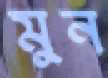
মুন